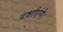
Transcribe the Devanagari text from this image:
दर्शाएंगे।